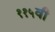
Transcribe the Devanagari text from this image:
११५वी